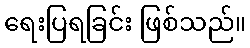
ရေးပြရခြင်း ဖြစ်သည်။